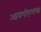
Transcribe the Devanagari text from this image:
आयपीएलचा